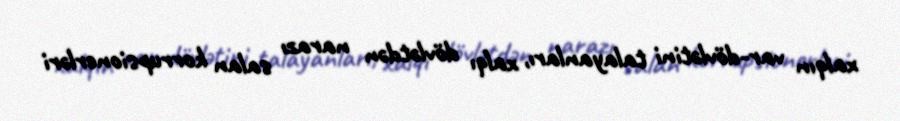
xalqın var-dövlətini talayanları, xalqı dövlətdən narazı salan korrupsionerləri